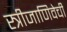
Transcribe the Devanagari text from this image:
स्त्रीजाणिवेची